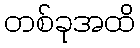
တစ်ခုအထိ